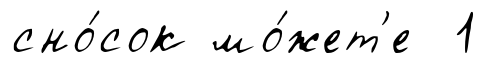
сно́сок мо́жет'е 1